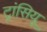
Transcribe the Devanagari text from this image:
ट्रांसियू